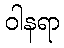
ဝါနရာ